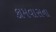
કામવાસના